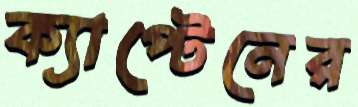
ক্যাপ্টেনের